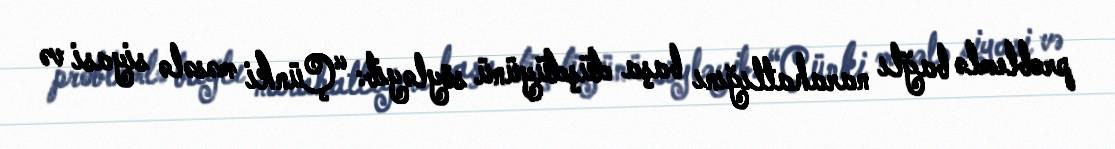
problemlə bağlı narahatlığını başa düşdüyünü söyləyib: “Çünki məsələ siyasi və